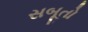
સબૂતો